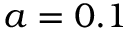
a = 0 . 1